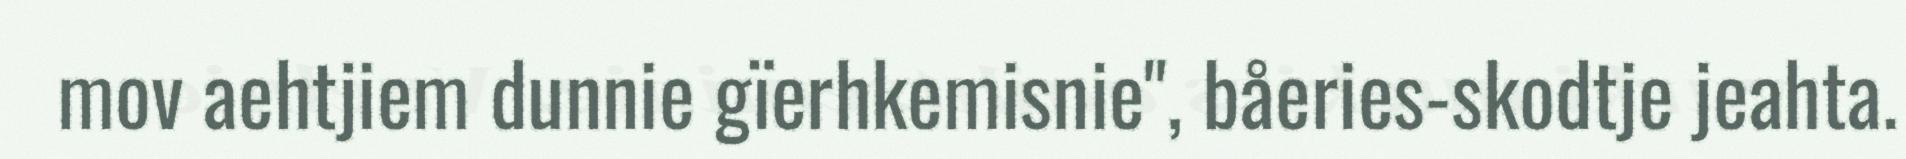
mov aehtjiem dunnie gïerhkemisnie", båeries-skodtje jeahta.